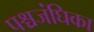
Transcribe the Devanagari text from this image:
पश्चजंघिका